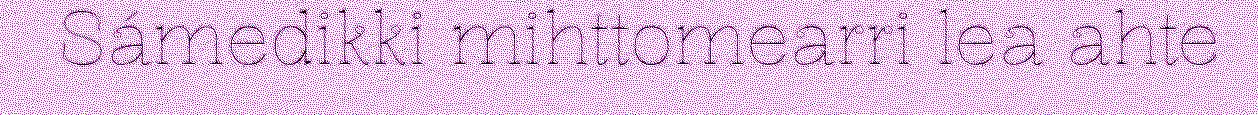
Sámedikki mihttomearri lea ahte